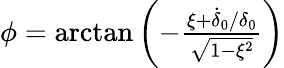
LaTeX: \begin{array}{r}{\phi=\arctan\left(-\frac{\xi+\dot{\delta}_{0}/\delta_{0}}{\sqrt{1-\xi^{2}}}\right)}\end{array}